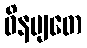
ဝိနမျတေ